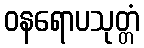
ဝနရောပသုတ္တံ